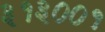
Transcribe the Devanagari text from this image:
३१३००१